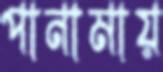
পানামায়